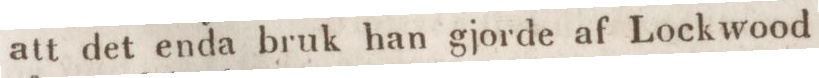
att det enda bruk han gjorde af Lockwood